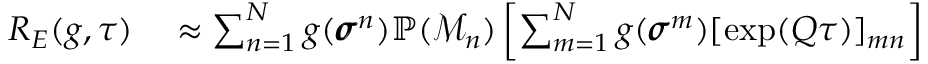
\begin{array} { r l } { R _ { E } ( g , \tau ) } & { { } \approx \sum _ { n = 1 } ^ { N } g ( \pmb { \sigma } ^ { n } ) \mathbb { P } ( \mathcal { M } _ { n } ) \left[ \sum _ { m = 1 } ^ { N } g ( \pmb { \sigma } ^ { m } ) [ \exp ( Q \tau ) ] _ { m n } \right] } \end{array}